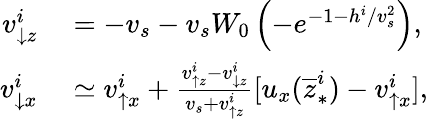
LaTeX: \begin{array}{rl}{v_{\downarrow z}^{i}}&{{}=-v_{s}-v_{s}W_{0}\left(-e^{-1-h^{i}/v_{s}^{2}}\right),}\\ {v_{\downarrow x}^{i}}&{{}\simeq v_{\uparrow x}^{i}+\frac{v_{\uparrow z}^{i}-v_{\downarrow z}^{i}}{v_{s}+v_{\uparrow z}^{i}}[u_{x}(\overline{{z}}_{\ast}^{i})-v_{\uparrow x}^{i}],}\end{array}